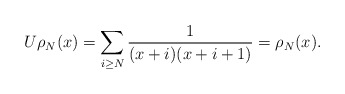
\begin{align*} U \rho_N(x) = \sum_{i \geq N}\frac{1}{(x+i)(x+i+1)}= \rho_N(x).\end{align*}